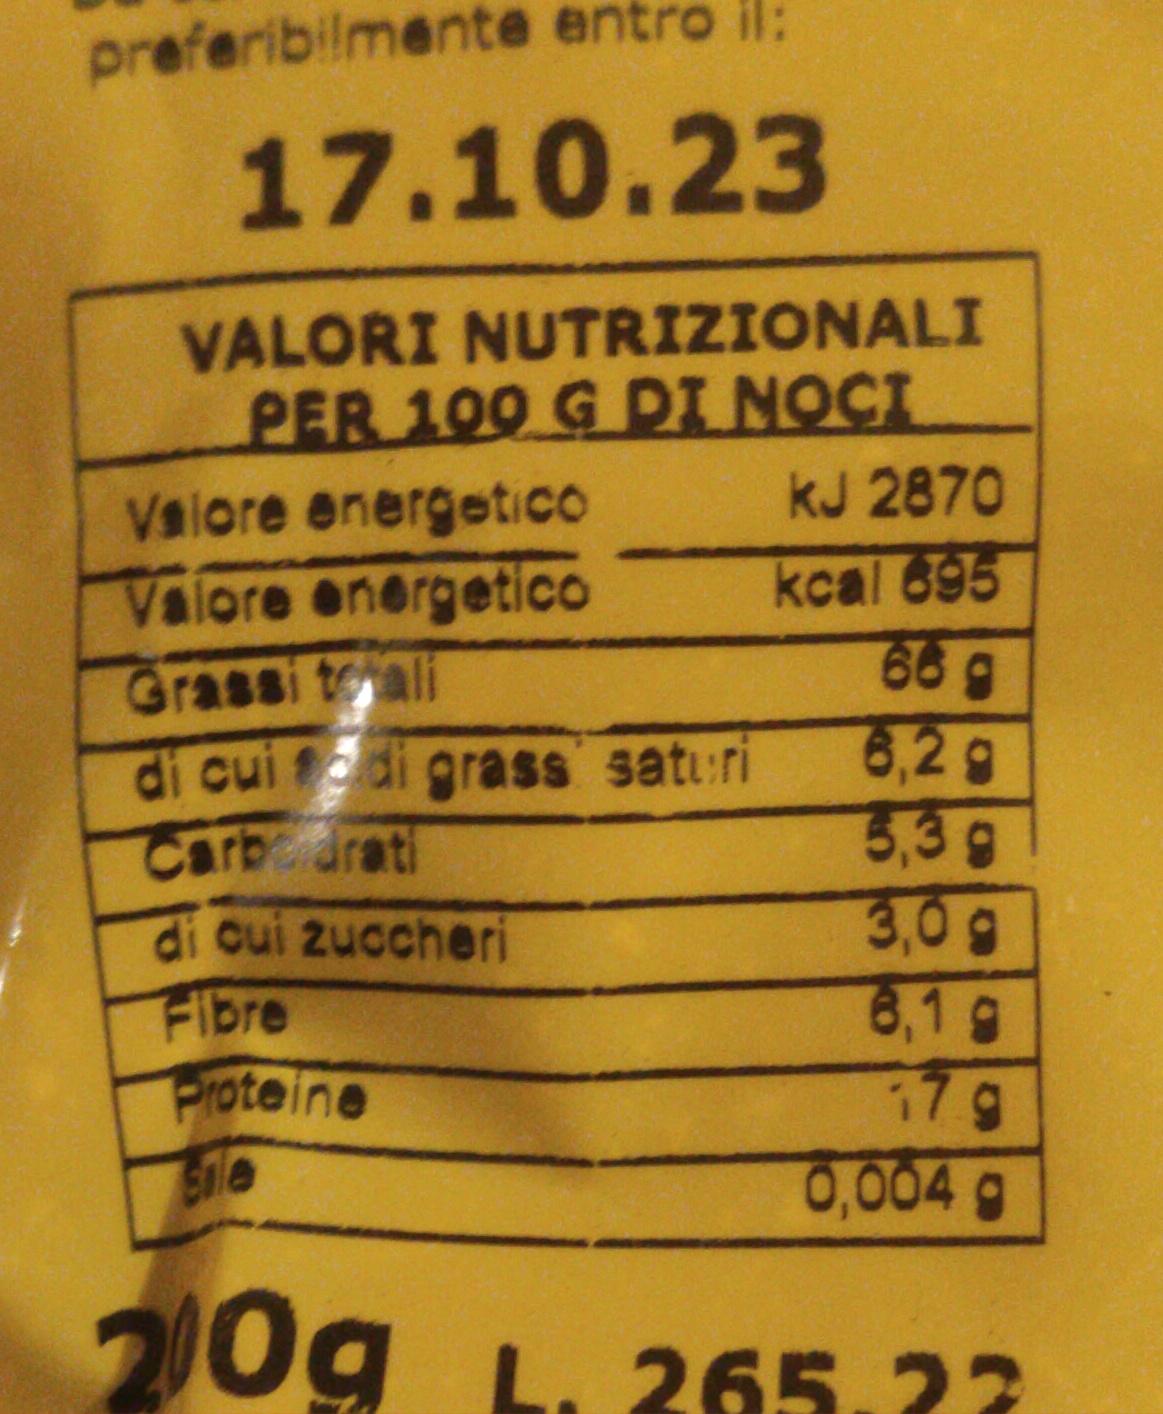
preferibilmente entro il:
17.10.23
VALORI NUTRIZIONALI
PER 100 G DI NOCI
Valore energetico
Valore energetico
Grassi tali
di cui di grass saturi
Carboidrati
di cui zuccheri
Fibre
Proteine
kJ 2870
kcal 695 689
6,2 g
5,39
3,0 g
6,19
17 g
0,004 g
200g L. 265.22